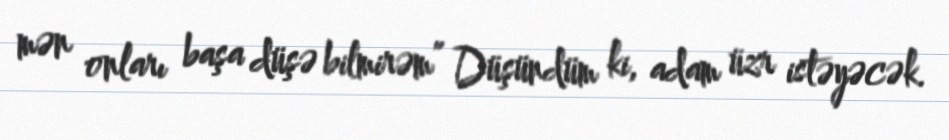
mən onları başa düşə bilmirəm” Düşündüm ki, adam üzr istəyəcək.